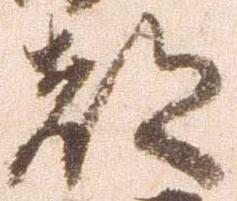
都